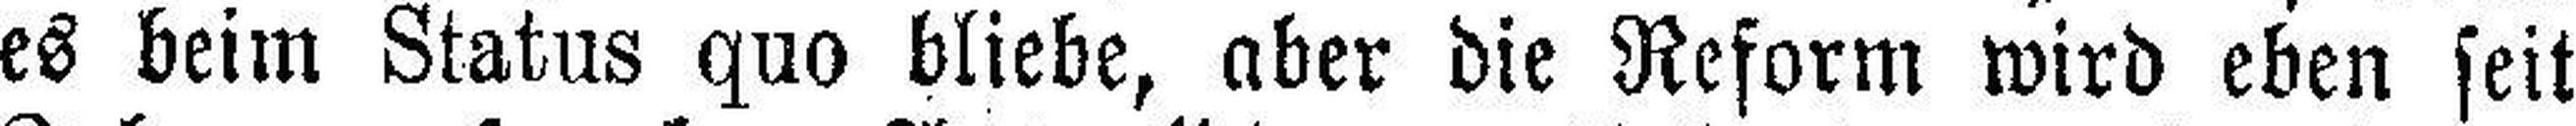
es beim Status quo bliebe, aber die Reform wird eben seit